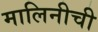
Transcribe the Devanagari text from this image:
मालिनीची